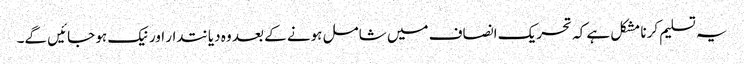
یہ تسلیم کرنا مشکل ہے کہ تحریک انصاف میں شامل ہونے کے بعد وہ دیانتدار اور نیک ہو جائیں گے۔